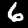
Digit: 6